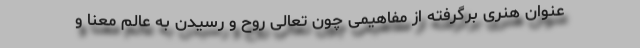
عنوان هنری برگرفته از مفاهیمی چون تعالی روح و رسیدن به عالم معنا و